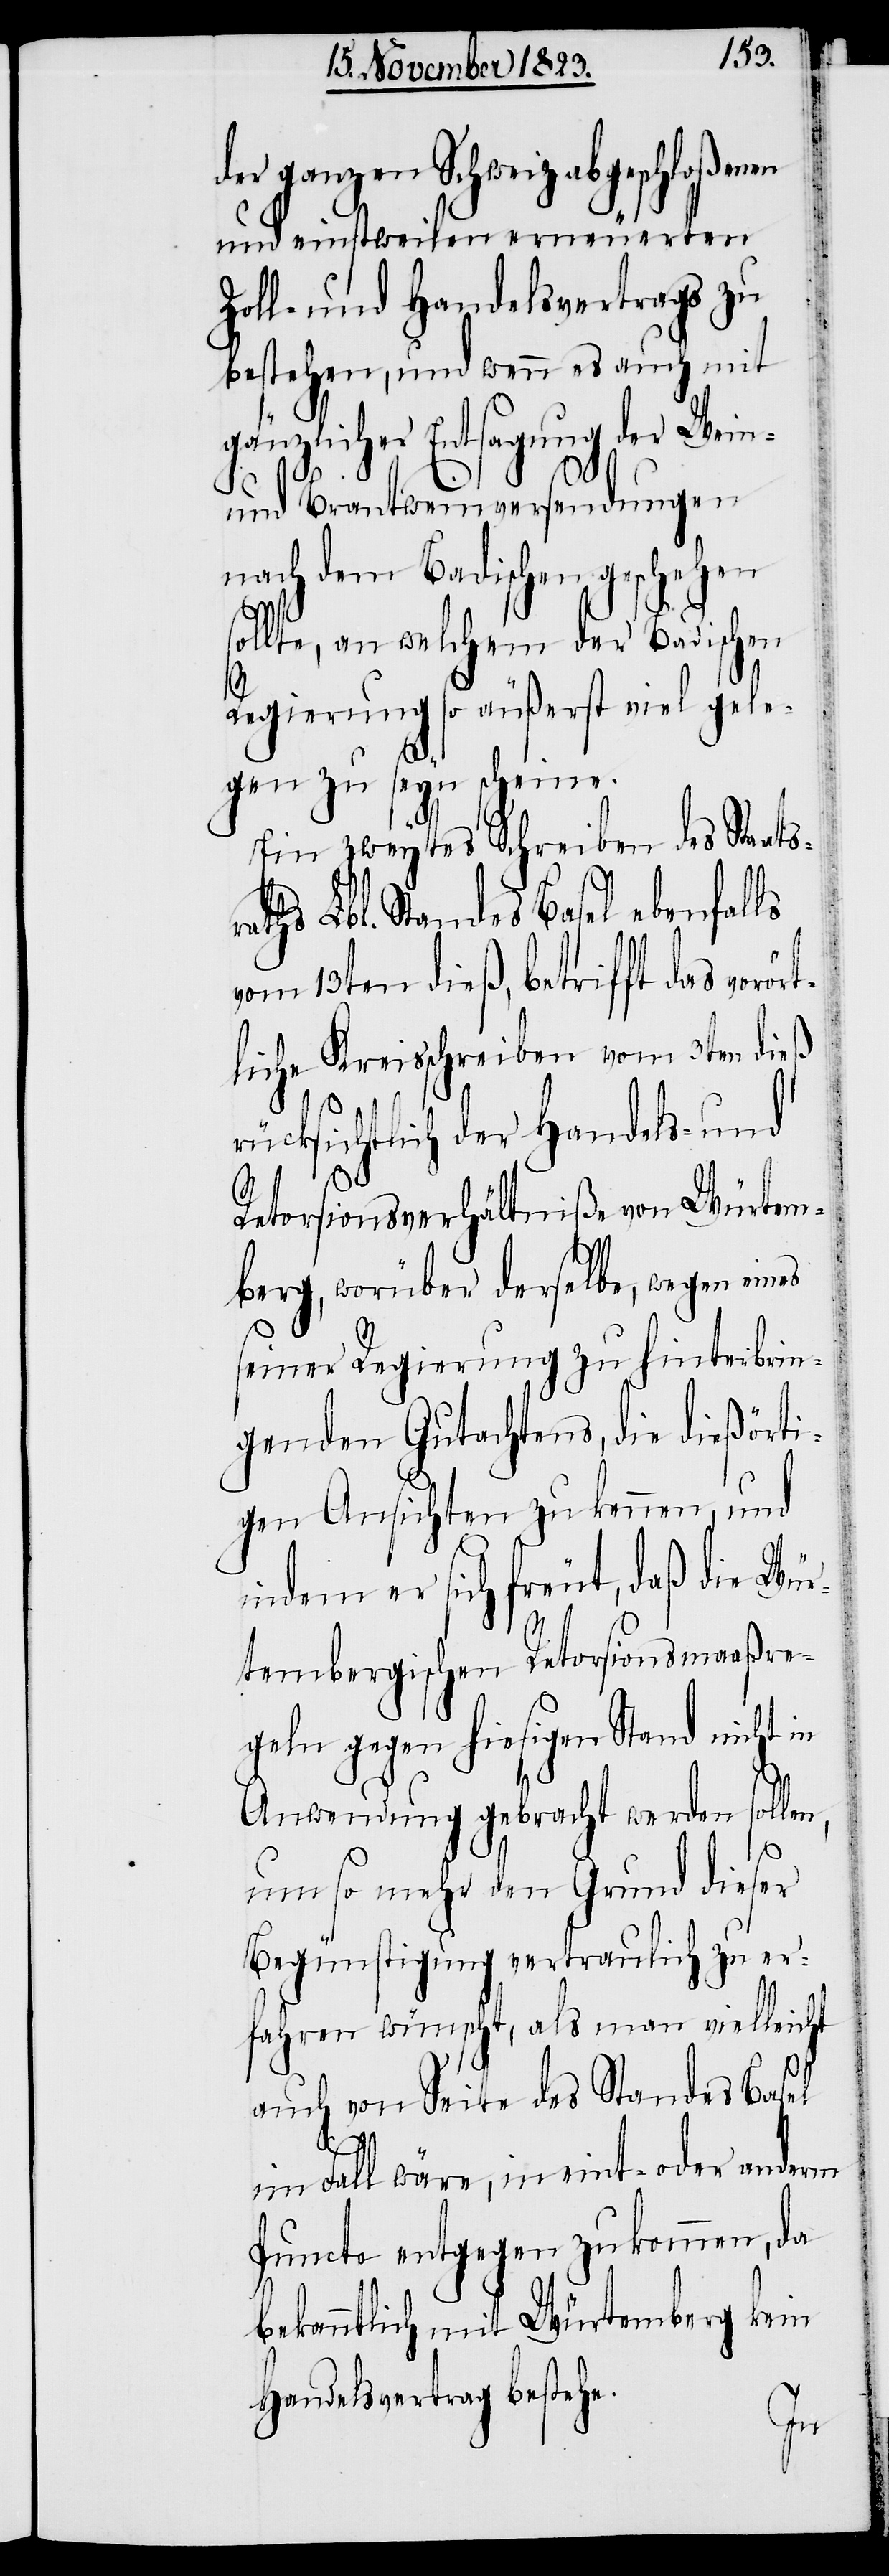
der ganzen Schweiz abgeschloßenen
und einstweilen erneuerten
Zoll- und Handelsvertrags zu
bestehen, und wenn es auch mit
gänzlicher Entsagung der Wein-
und Brantweinversendungen
nach dem Badischen geschehen
sollte, an welchem der Badischen
Regierung so äußerst viel gele¬
gen zu seyn scheine.
Ein zweytes Schreiben des Staatsr¬
aths Lbl. Standes Basel ebenfalls
vom 13ten dieß, betrifft das vorör¬
tliche Kreisschreiben vom 3ten dieß
rücksichtlich der Handels- und
Retorsionsverhältniße von Würtem¬
berg, worüber derselbe, wegen eines
seiner Regierung zu hinterbrin¬
genden Gutachtens, die dießörti¬
gen Ansichten zu kennen, und
indem er sich freut, daß die Wür¬
tembergischen Retorsionsmaaßre¬
geln gegen hiesigen Stand nicht in
Anwendung gebracht werden solle¬
n,
um so mehr den Grund dieser
Begünstigung vertraulich zu er¬
fahren wünscht, als man vielleicht
auch von Seite des Standes Basel
im Fall wäre, in eint- oder anderm
Puncte entgegen zu kommen, da
bekanntlich mit Würtemberg kein
Handelsvertrag bestehe.